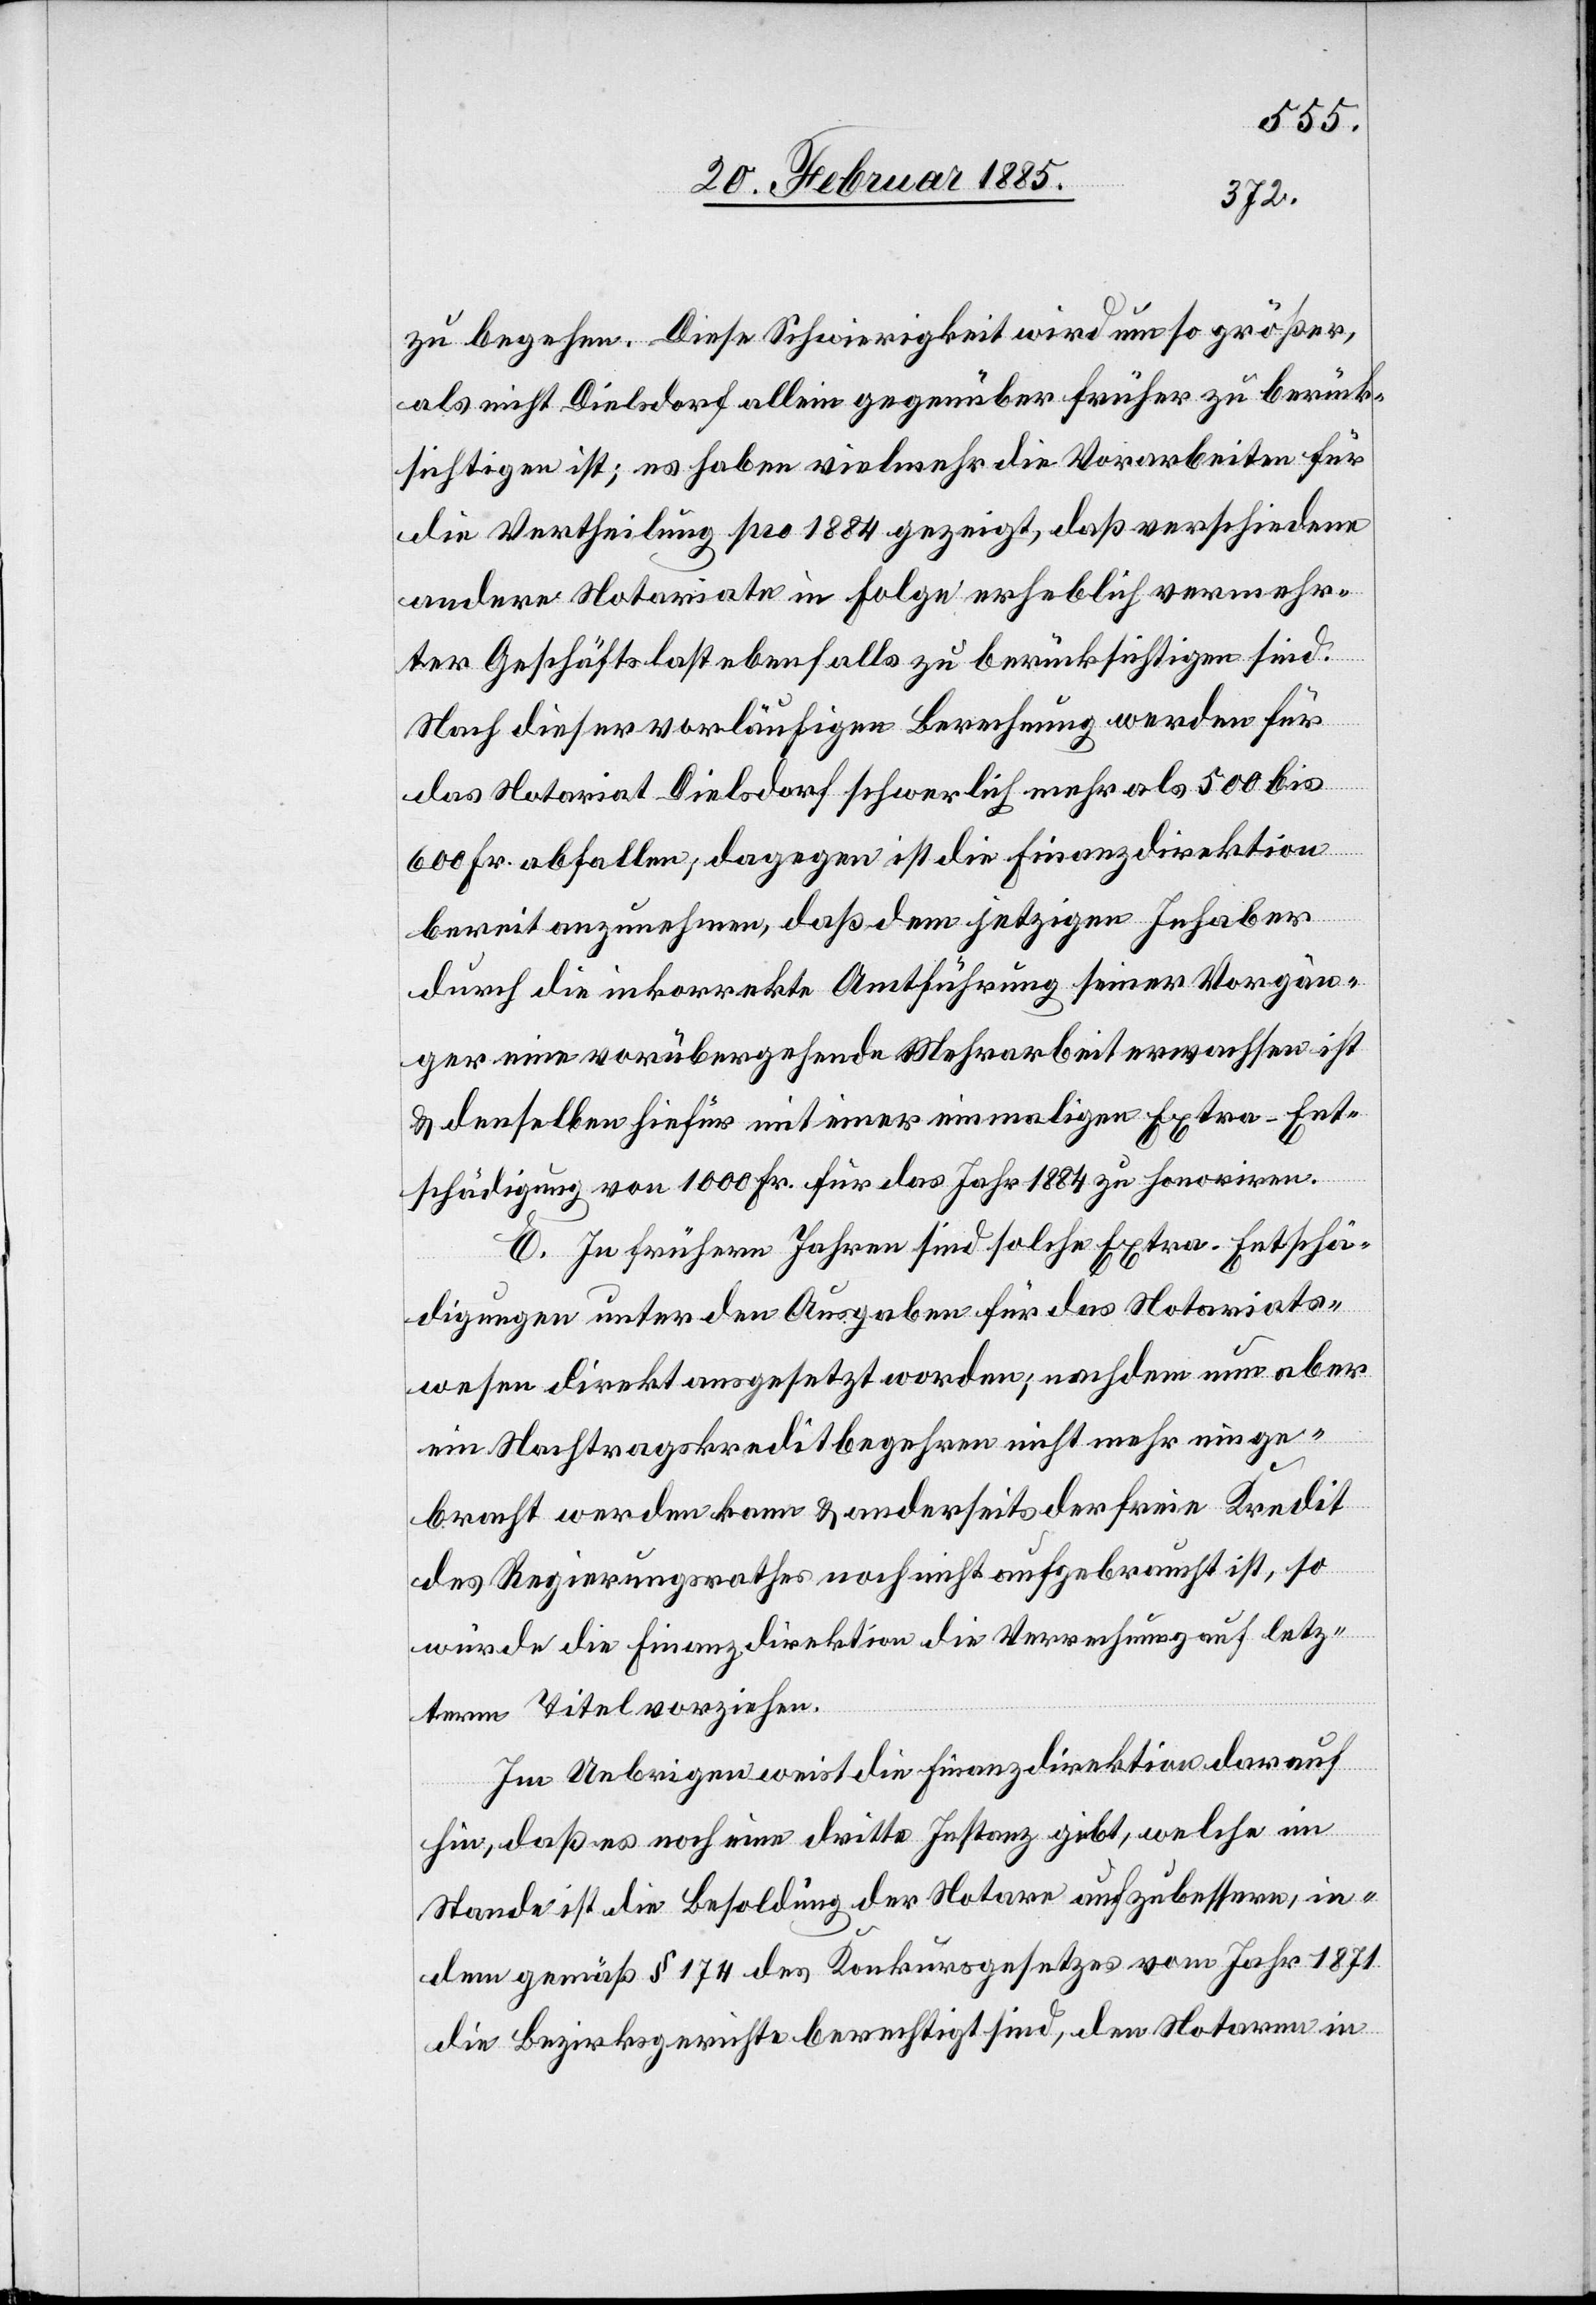
zu begehen. Diese Schwierigkeit wird umso größer,
als nicht Dielsdorf allein gegenüber früher zu berück¬
sichtigen ist; es haben vielmehr die Vorarbeiten für
die Vertheilung pro 1884 gezeigt, daß verschiedene
andere Notariate in folge erheblich vermehr¬
ter Geschäftslast ebenfalls zu berücksichtigen sind.
Nach dieser vorläufigen Berechnung werden für
das Notariat Dielsdorf schwerlich mehr als 500 bis
600 Fr. abfallen; dagegen ist die Finanzdirektion
bereit anzunehmen, daß dem jetzigen Inhaber
durch die inkorrekte Amtführung seiner Vorgän¬
ger eine vorübergehende Mehrarbeit erwachsen ist
& denselben hiefür mit einer einmaligen Extra-Ent¬
schädigung von 1000 Fr. für das Jahr 1884 zu honoriren.
E. In frühern Jahren sind solche Extra-Entschä¬
digungen unter den Ausgaben für das notariats¬
wesen direkt ansgesetzt [sic!] worden; nachdem nun aber
ein Nachtragskreditbegehren nicht mehr einge¬
bracht werden kann & anderseits der freie Kredit
des Regierungsrathes noch nicht aufgebraucht ist, so
würde die Finanzdirektion die Verrechnung auf letz¬
term Titel vorziehen.
Im Uebrigen weist die Finanzdirektion darauf
hin, daß es noch ein dritte Instanz gibt, welche im
Stande ist die Besoldung der Notare aufzubessern, in¬
dem gemäß § 174 des Konkursgesetzes vom Jahr 1871
die Bezirksgerichte berechtigt sind, den Notaren in